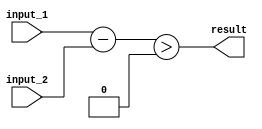
module greater_than_comparator (
    input wire [7:0] input_1,
    input wire [7:0] input_2,
    output wire result
);

wire [7:0] difference;

assign difference = input_1 - input_2;
assign result = (difference > 8'h00);

endmodule